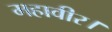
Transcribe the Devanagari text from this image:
महावीर।